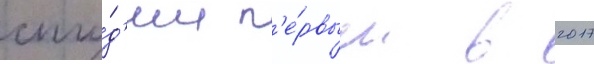
сту́д'ии п'е́рвым в 2017